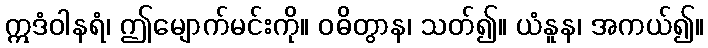
ဣဒံဝါနရံ၊ ဤမျောက်မင်းကို။ ဝဓိတွာန၊ သတ်၍။ ယံနူန၊ အကယ်၍။